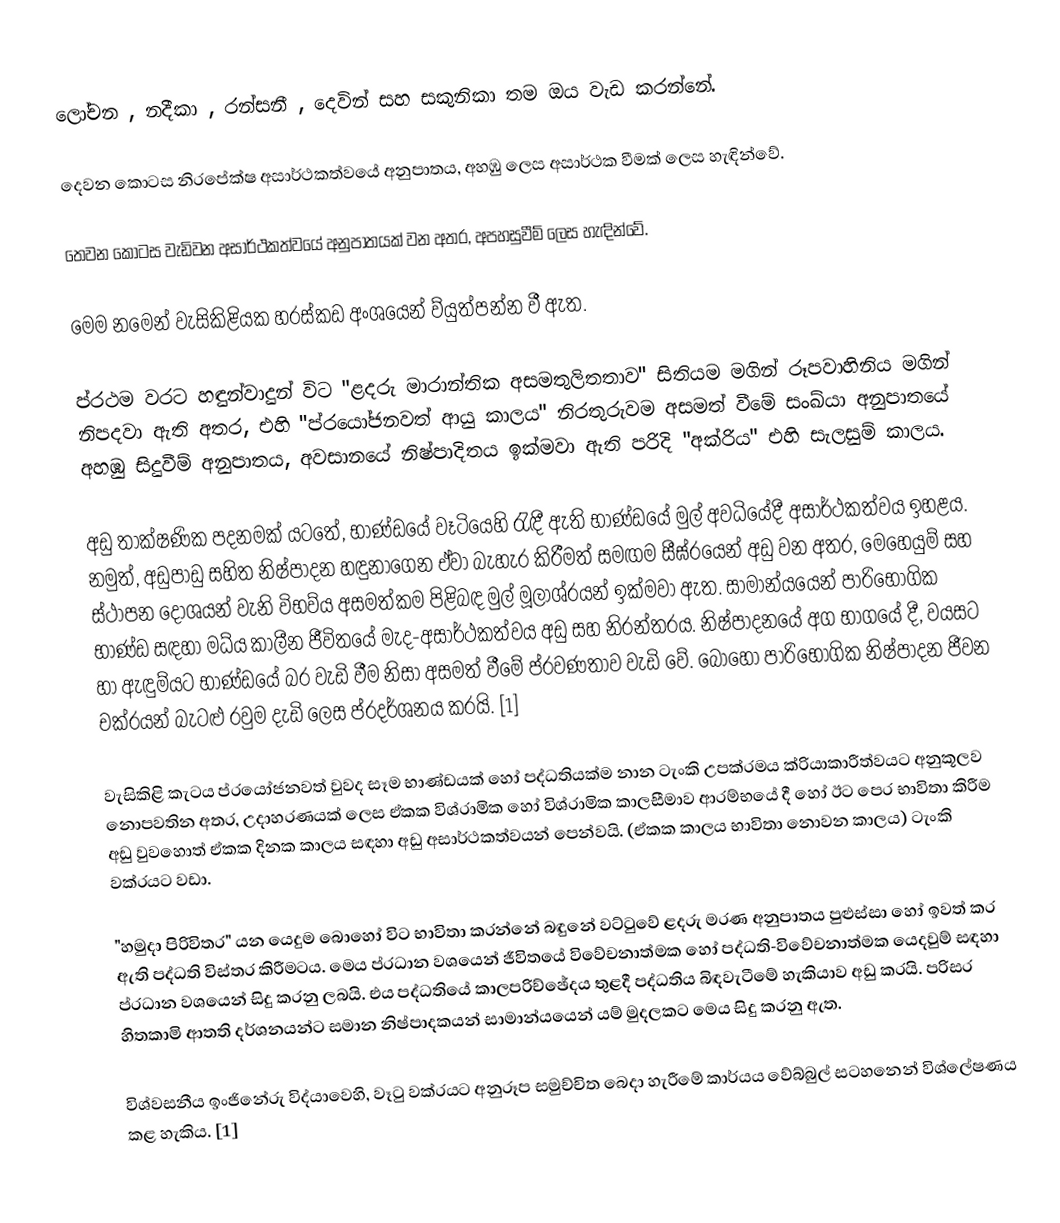
ලෝචන , නදීකා , රන්සනී , දෙවින් සහ සකුනිකා  තම ඔය වැඩ කරන්නේ.

දෙවන කොටස නිරපේක්ෂ අසාර්ථකත්වයේ අනුපාතය, අහඹු ලෙස අසාර්ථක වීමක් ලෙස හැඳින්වේ.

තෙවන කොටස වැඩිවන අසාර්ථකත්වයේ අනුපාතයක් වන අතර, අපහසුවීම් ලෙස හැඳින්වේ.

මෙම නමෙන් වැසිකිළියක හරස්කඩ අංශයෙන් ව්යුත්පන්න වී ඇත.

ප්රථම වරට හඳුන්වාදුන් විට "ළදරු මාරාන්තික අසමතුලිතතාව" සිතියම මගින් රූපවාහිනිය මගින් නිපදවා ඇති අතර, එහි "ප්රයෝජනවත් ආයු කාලය" නිරතුරුවම අසමත් වීමේ සංඛ්යා අනුපාතයේ අහඹු සිදුවීම් අනුපාතය, අවසානයේ නිෂ්පාදිතය ඉක්මවා ඇති පරිදි "අක්රිය" එහි සැලසුම් කාලය.

අඩු තාක්ෂණික පදනමක් යටතේ, භාණ්ඩයේ වෑටියෙහි රැඳී ඇති භාණ්ඩයේ මුල් අවධියේදී අසාර්ථකත්වය ඉහළය. නමුත්, අඩුපාඩු සහිත නිෂ්පාදන හඳුනාගෙන ඒවා බැහැර කිරීමත් සමඟම සීඝ්රයෙන් අඩු වන අතර, මෙහෙයුම් සහ ස්ථාපන දෝශයන් වැනි විභව්ය අසමත්කම පිළිබඳ මුල් මූලාශ්රයන් ඉක්මවා ඇත. සාමාන්යයෙන් පාරිභෝගික භාණ්ඩ සඳහා මධ්ය කාලීන ජීවිතයේ මැද-අසාර්ථකත්වය අඩු සහ නිරන්තරය. නිෂ්පාදනයේ අග භාගයේ දී, වයසට හා ඇඳුම්යට භාණ්ඩයේ බර වැඩි වීම නිසා අසමත් වීමේ ප්රවණතාව වැඩි වේ. බොහෝ පාරිභෝගික නිෂ්පාදන ජීවන චක්රයන් බැටළු රවුම දැඩි ලෙස ප්රදර්ශනය කරයි. [1]

වැසිකිළි කැටය ප්රයෝජනවත් වුවද සෑම භාණ්ඩයක් හෝ පද්ධතියක්ම නාන ටැංකි උපක්රමය ක්රියාකාරීත්වයට අනුකූලව නොපවතින අතර, උදාහරණයක් ලෙස ඒකක විශ්රාමික හෝ විශ්රාමික කාලසීමාව ආරම්භයේ දී හෝ ඊට පෙර භාවිතා කිරීම අඩු වුවහොත් ඒකක දිනක කාලය සඳහා අඩු අසාර්ථකත්වයන් පෙන්වයි. (ඒකක කාලය භාවිතා නොවන කාලය) ටැංකි වක්රයට වඩා.

"හමුදා පිරිවිතර" යන යෙදුම බොහෝ විට භාවිතා කරන්නේ බඳුනේ වට්ටුවේ ළදරු මරණ අනුපාතය පුළුස්සා හෝ ඉවත් කර ඇති පද්ධති විස්තර කිරීමටය. මෙය ප්රධාන වශයෙන් ජීවිතයේ විවේචනාත්මක හෝ පද්ධති-විවේචනාත්මක යෙදවුම් සඳහා ප්රධාන වශයෙන් සිදු කරනු ලබයි. එය පද්ධතියේ කාලපරිච්ඡේදය තුළදී පද්ධතිය බිඳවැටීමේ හැකියාව අඩු කරයි. පරිසර හිතකාමි ආතති දර්ශනයන්ට සමාන නිෂ්පාදකයන් සාමාන්යයෙන් යම් මුදලකට මෙය සිදු කරනු ඇත.

විශ්වසනීය ඉංජිනේරු විද්යාවෙහි, වෑටු වක්රයට අනුරූප සමුච්චිත බෙදා හැරීමේ කාර්යය වේබ්බුල් සටහනෙන් විශ්ලේෂණය කළ හැකිය. [1]